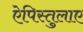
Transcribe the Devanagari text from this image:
ऐपिस्तुलाए